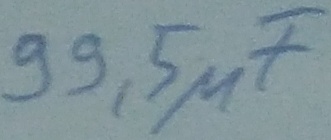
Text: 99,5µF